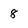
Character: 8